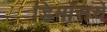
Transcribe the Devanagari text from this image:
डिमॉसचे